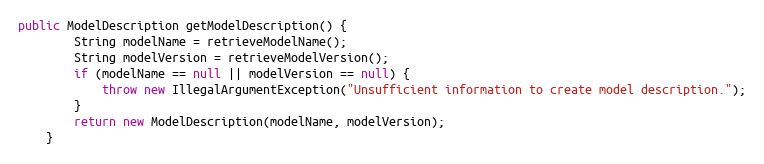
Language: Java
public ModelDescription getModelDescription() {
        String modelName = retrieveModelName();
        String modelVersion = retrieveModelVersion();
        if (modelName == null || modelVersion == null) {
            throw new IllegalArgumentException("Unsufficient information to create model description.");
        }
        return new ModelDescription(modelName, modelVersion);
    }